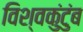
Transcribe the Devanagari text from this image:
विश्वकुंटुंब